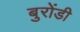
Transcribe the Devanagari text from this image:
बुरोंडी